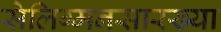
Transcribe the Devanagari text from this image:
सेलिग्मनसारख्या